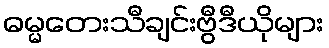
ဓမ္မတေးသီချင်းဗွီဒီယိုများ